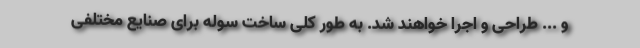
و ... طراحی و اجرا خواهند شد. به طور کلی ساخت سوله برای صنایع مختلفی